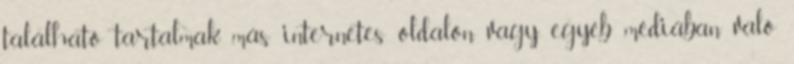
található tartalmak más internetes oldalon, vagy egyéb médiában való